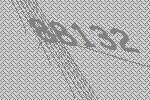
88132